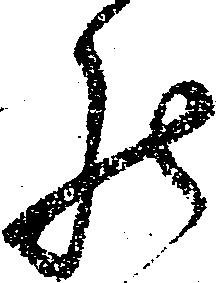
罷